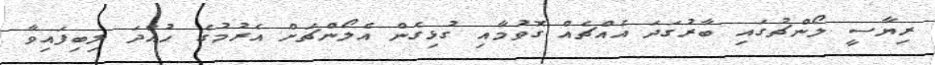
ރިޔާސީ ލޯންޗުގައި ބާރުގަދަ އެއްޗެއް ގޮވުމާއި ގުޅިގެން އެލޯންޗަށް އެރުމުގެ ހުއްދަ ލިބިފައިވާ